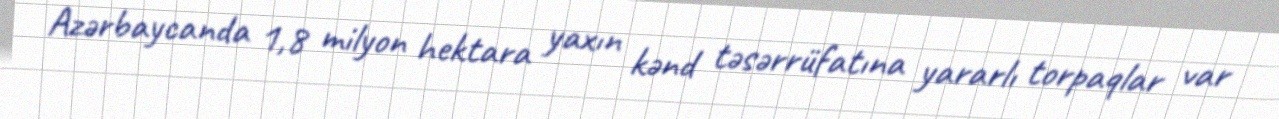
Azərbaycanda 1,8 milyon hektara yaxın kənd təsərrüfatına yararlı torpaqlar var